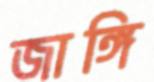
জাঙ্গি